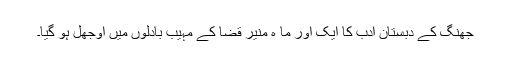
جھنگ کے دبستان ادب کا ایک اور ما ہ منیر قضا کے مہیب بادلوں میں اوجھل ہو گیا۔